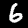
Digit: 6